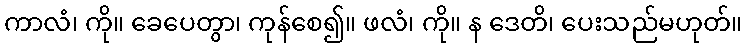
ကာလံ၊ ကို။ ခေပေတွာ၊ ကုန်စေ၍။ ဖလံ၊ ကို။ န ဒေတိ၊ ပေးသည်မဟုတ်။